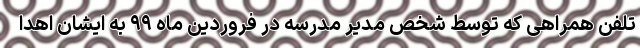
تلفن همراهی که توسط شخص مدیر مدرسه در فروردین ماه ۹۹ به ایشان اهدا